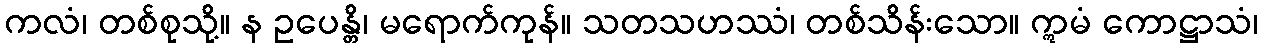
ကလံ၊ တစ်စုသို့။ န ဥပေန္တိ၊ မရောက်ကုန်။ သတသဟဿံ၊ တစ်သိန်းသော။ ဣမံ ကောဋ္ဌာသံ၊